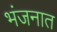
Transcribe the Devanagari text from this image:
भंजनात